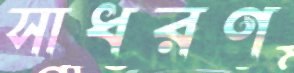
সাধরণ